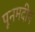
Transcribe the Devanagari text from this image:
पूनमदीप